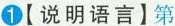
1 【说明语言】第